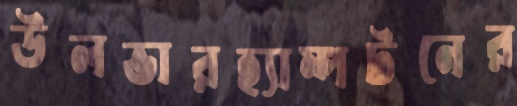
উলভারহ্যাম্পটনের